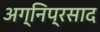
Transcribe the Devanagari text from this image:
अग्निप्रसाद